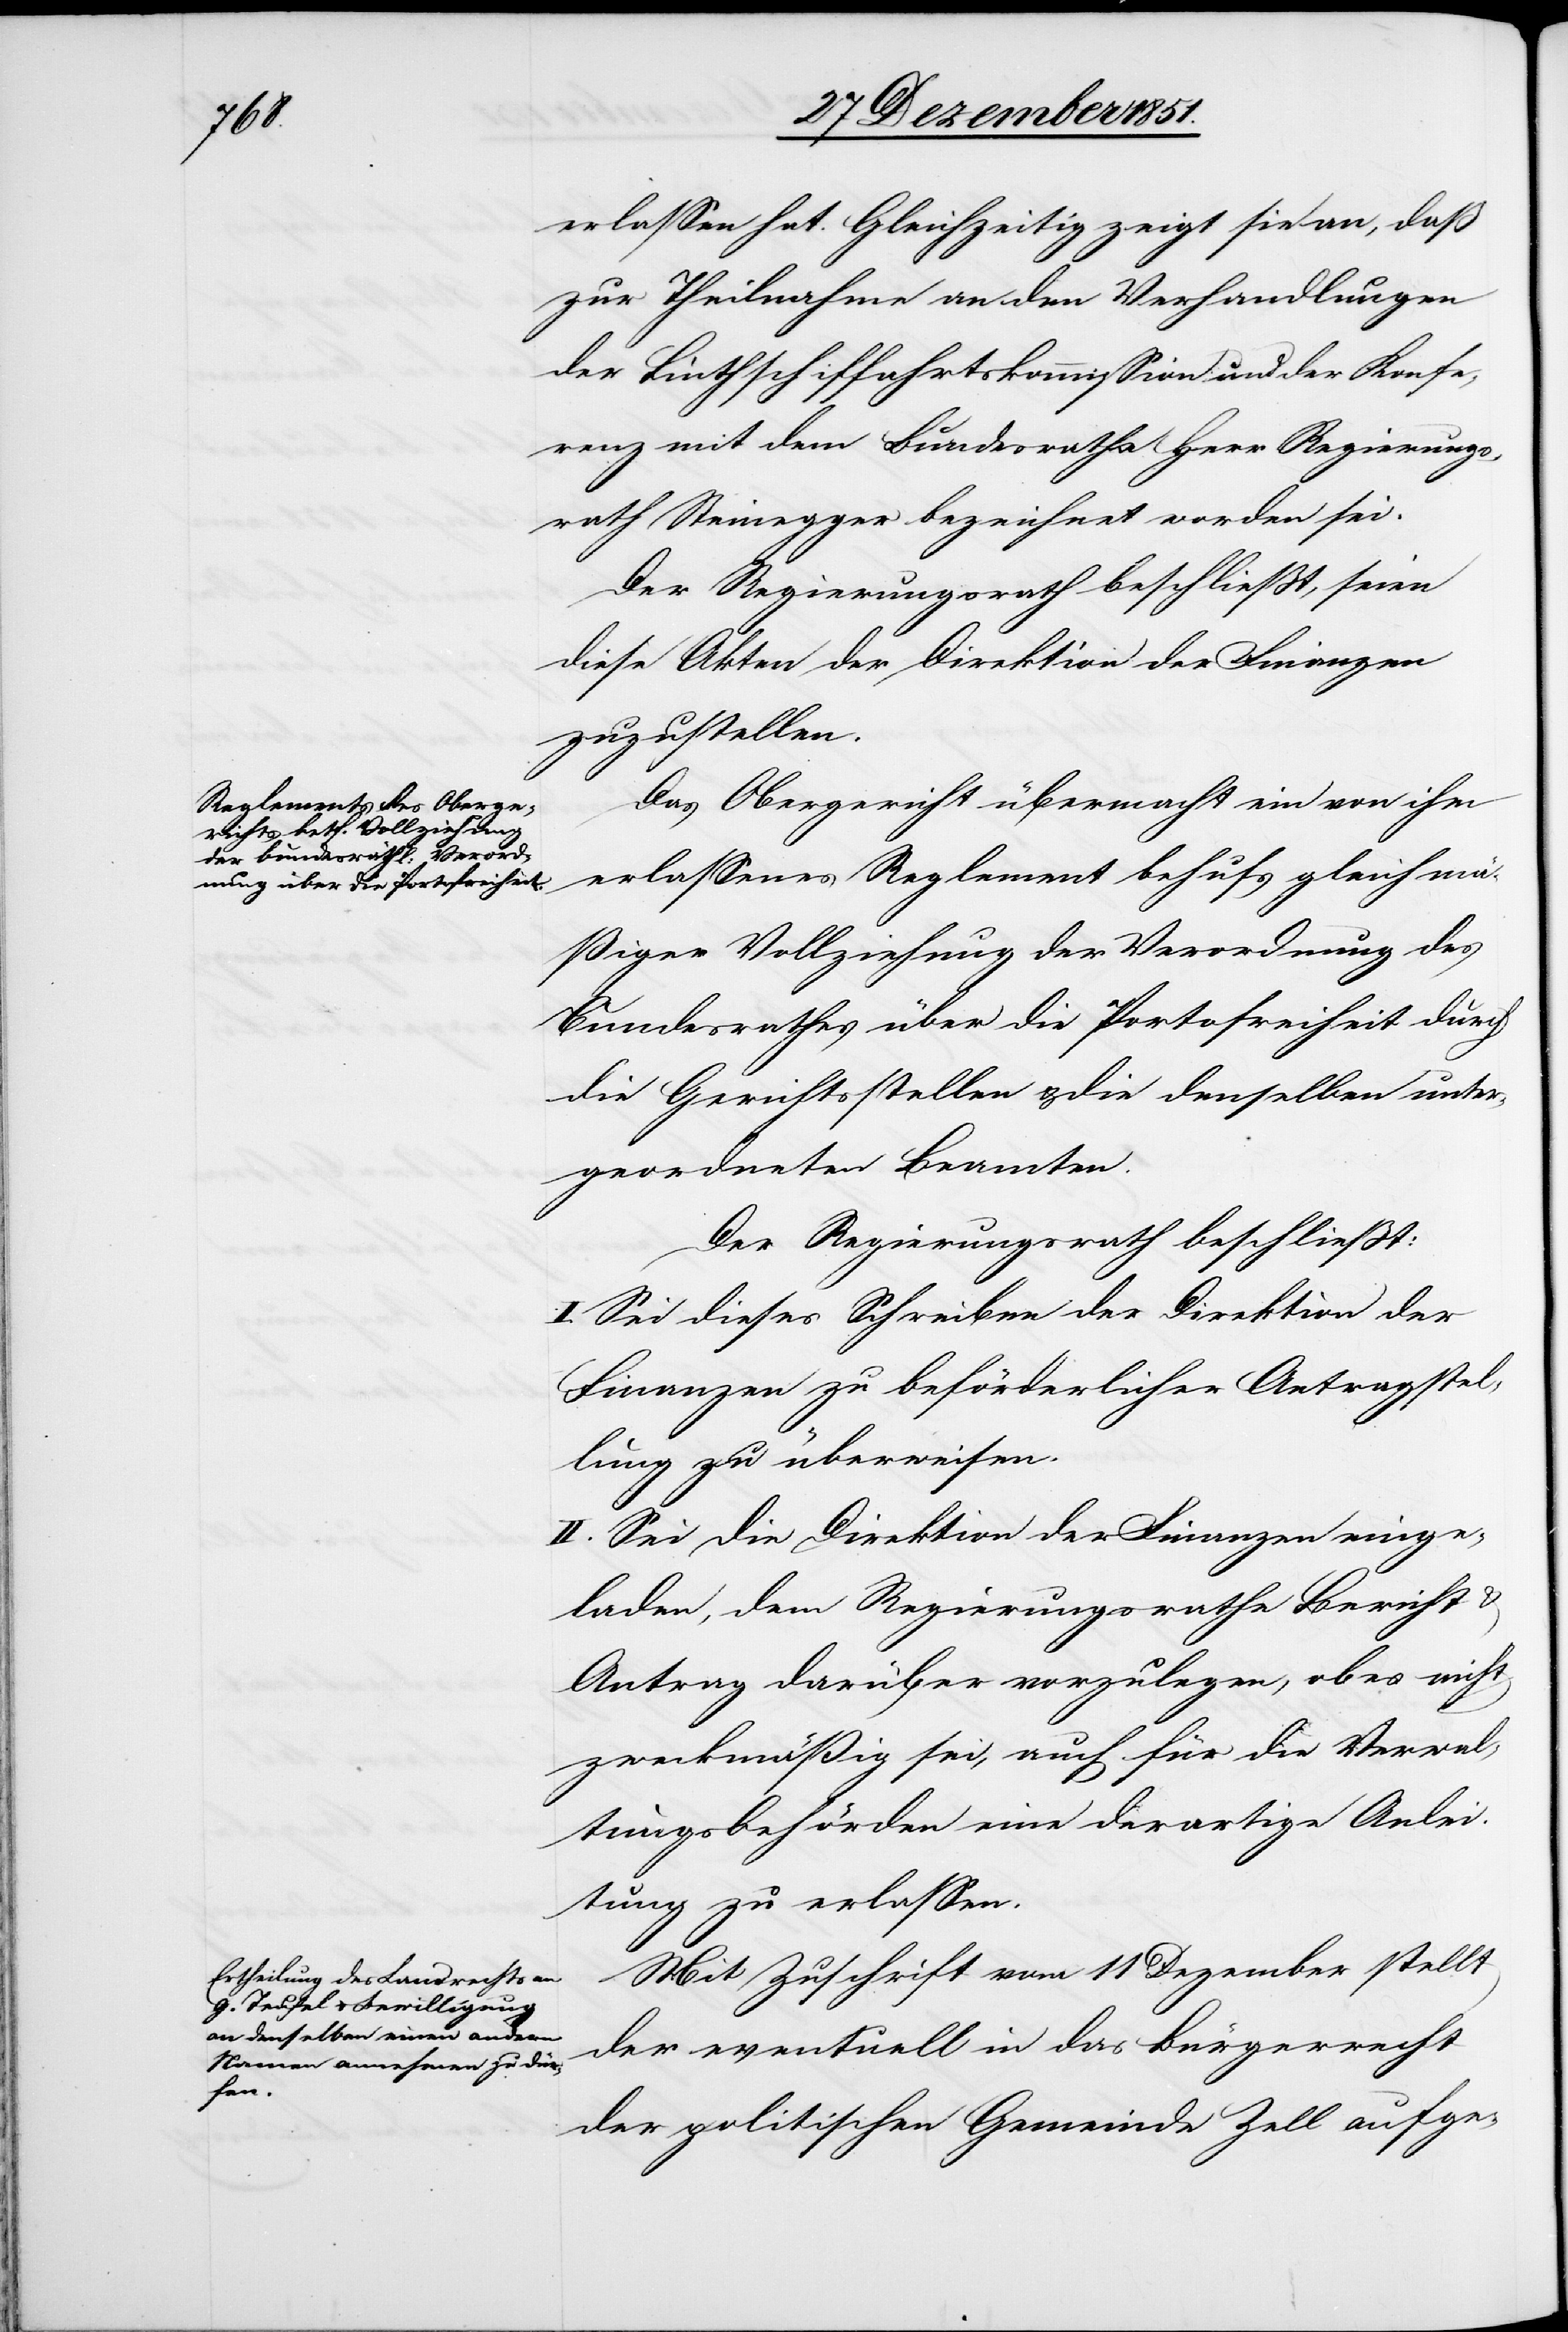
erlassen hat. Gleichzeitig zeigt sie an, daß
zur Theilnahme an den Verhandlungen
der Linthschiffahrtskommission und der Konfe¬
renz mit dem Bundesrathe Herr Regierungs¬
rath Steinegger bezeichnet worden sei.
Der Regierungsrath beschließt, seien
diese Akten der Direktion der Finanzen
zuzustellen.
Das Obergericht übermacht ein von ihm
erlassenes Reglement behufs gleichmä¬
ßiger Vollziehung der Verordnung des
Bundesrathes über die Portofreiheit durch
die Gerichtsstellen & die denselben unter¬
geordneten Beamten.
Der Regierungsrath beschließt:
I. Sei dieses Schreiben der Direktion der
Finanzen zu beförderlicher Antragstel¬
lung zu überweisen.
II. Sei die Direktion der Finanzen einge¬
laden, dem Regierungsrathe Bericht &
Antrag darüber vorzulegen, ob es nicht
zweckmäßig sei, auch für die Verwal¬
tungsbehörden eine derartige Anlei¬
tung zu erlassen.
Mit Zuschrift vom 11 Dezember stellt
der eventuell in das Bürgerrecht
der politischen Gemeinde Zell aufge-